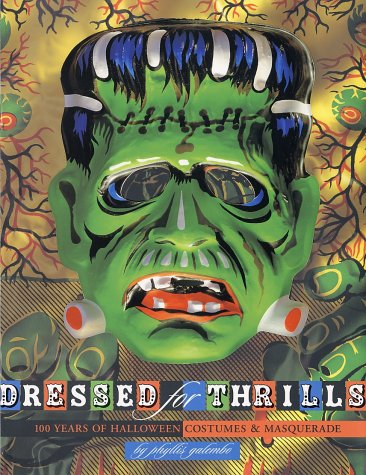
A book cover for Dressed for Thrills: 100 Years of Halloween Costumes and Masquerade; Phyllis Galembo; Politics & Social Sciences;